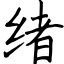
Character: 绪